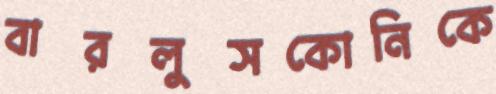
বারলুসকোনিকে